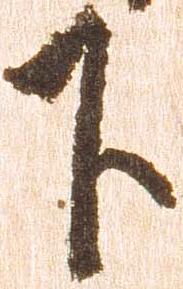
下